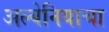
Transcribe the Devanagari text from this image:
अल्बेनियाचा